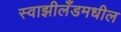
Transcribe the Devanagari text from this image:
स्वाझीलँडमधील